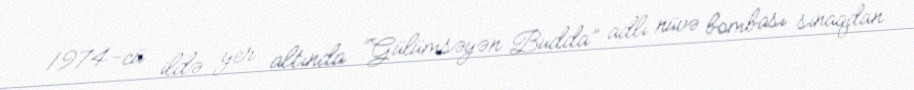
1974-cü ildə yer altında “Gülümsəyən Budda” adlı nüvə bombası sınaqdan